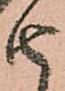
由